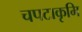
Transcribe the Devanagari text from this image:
चपटाकृमि